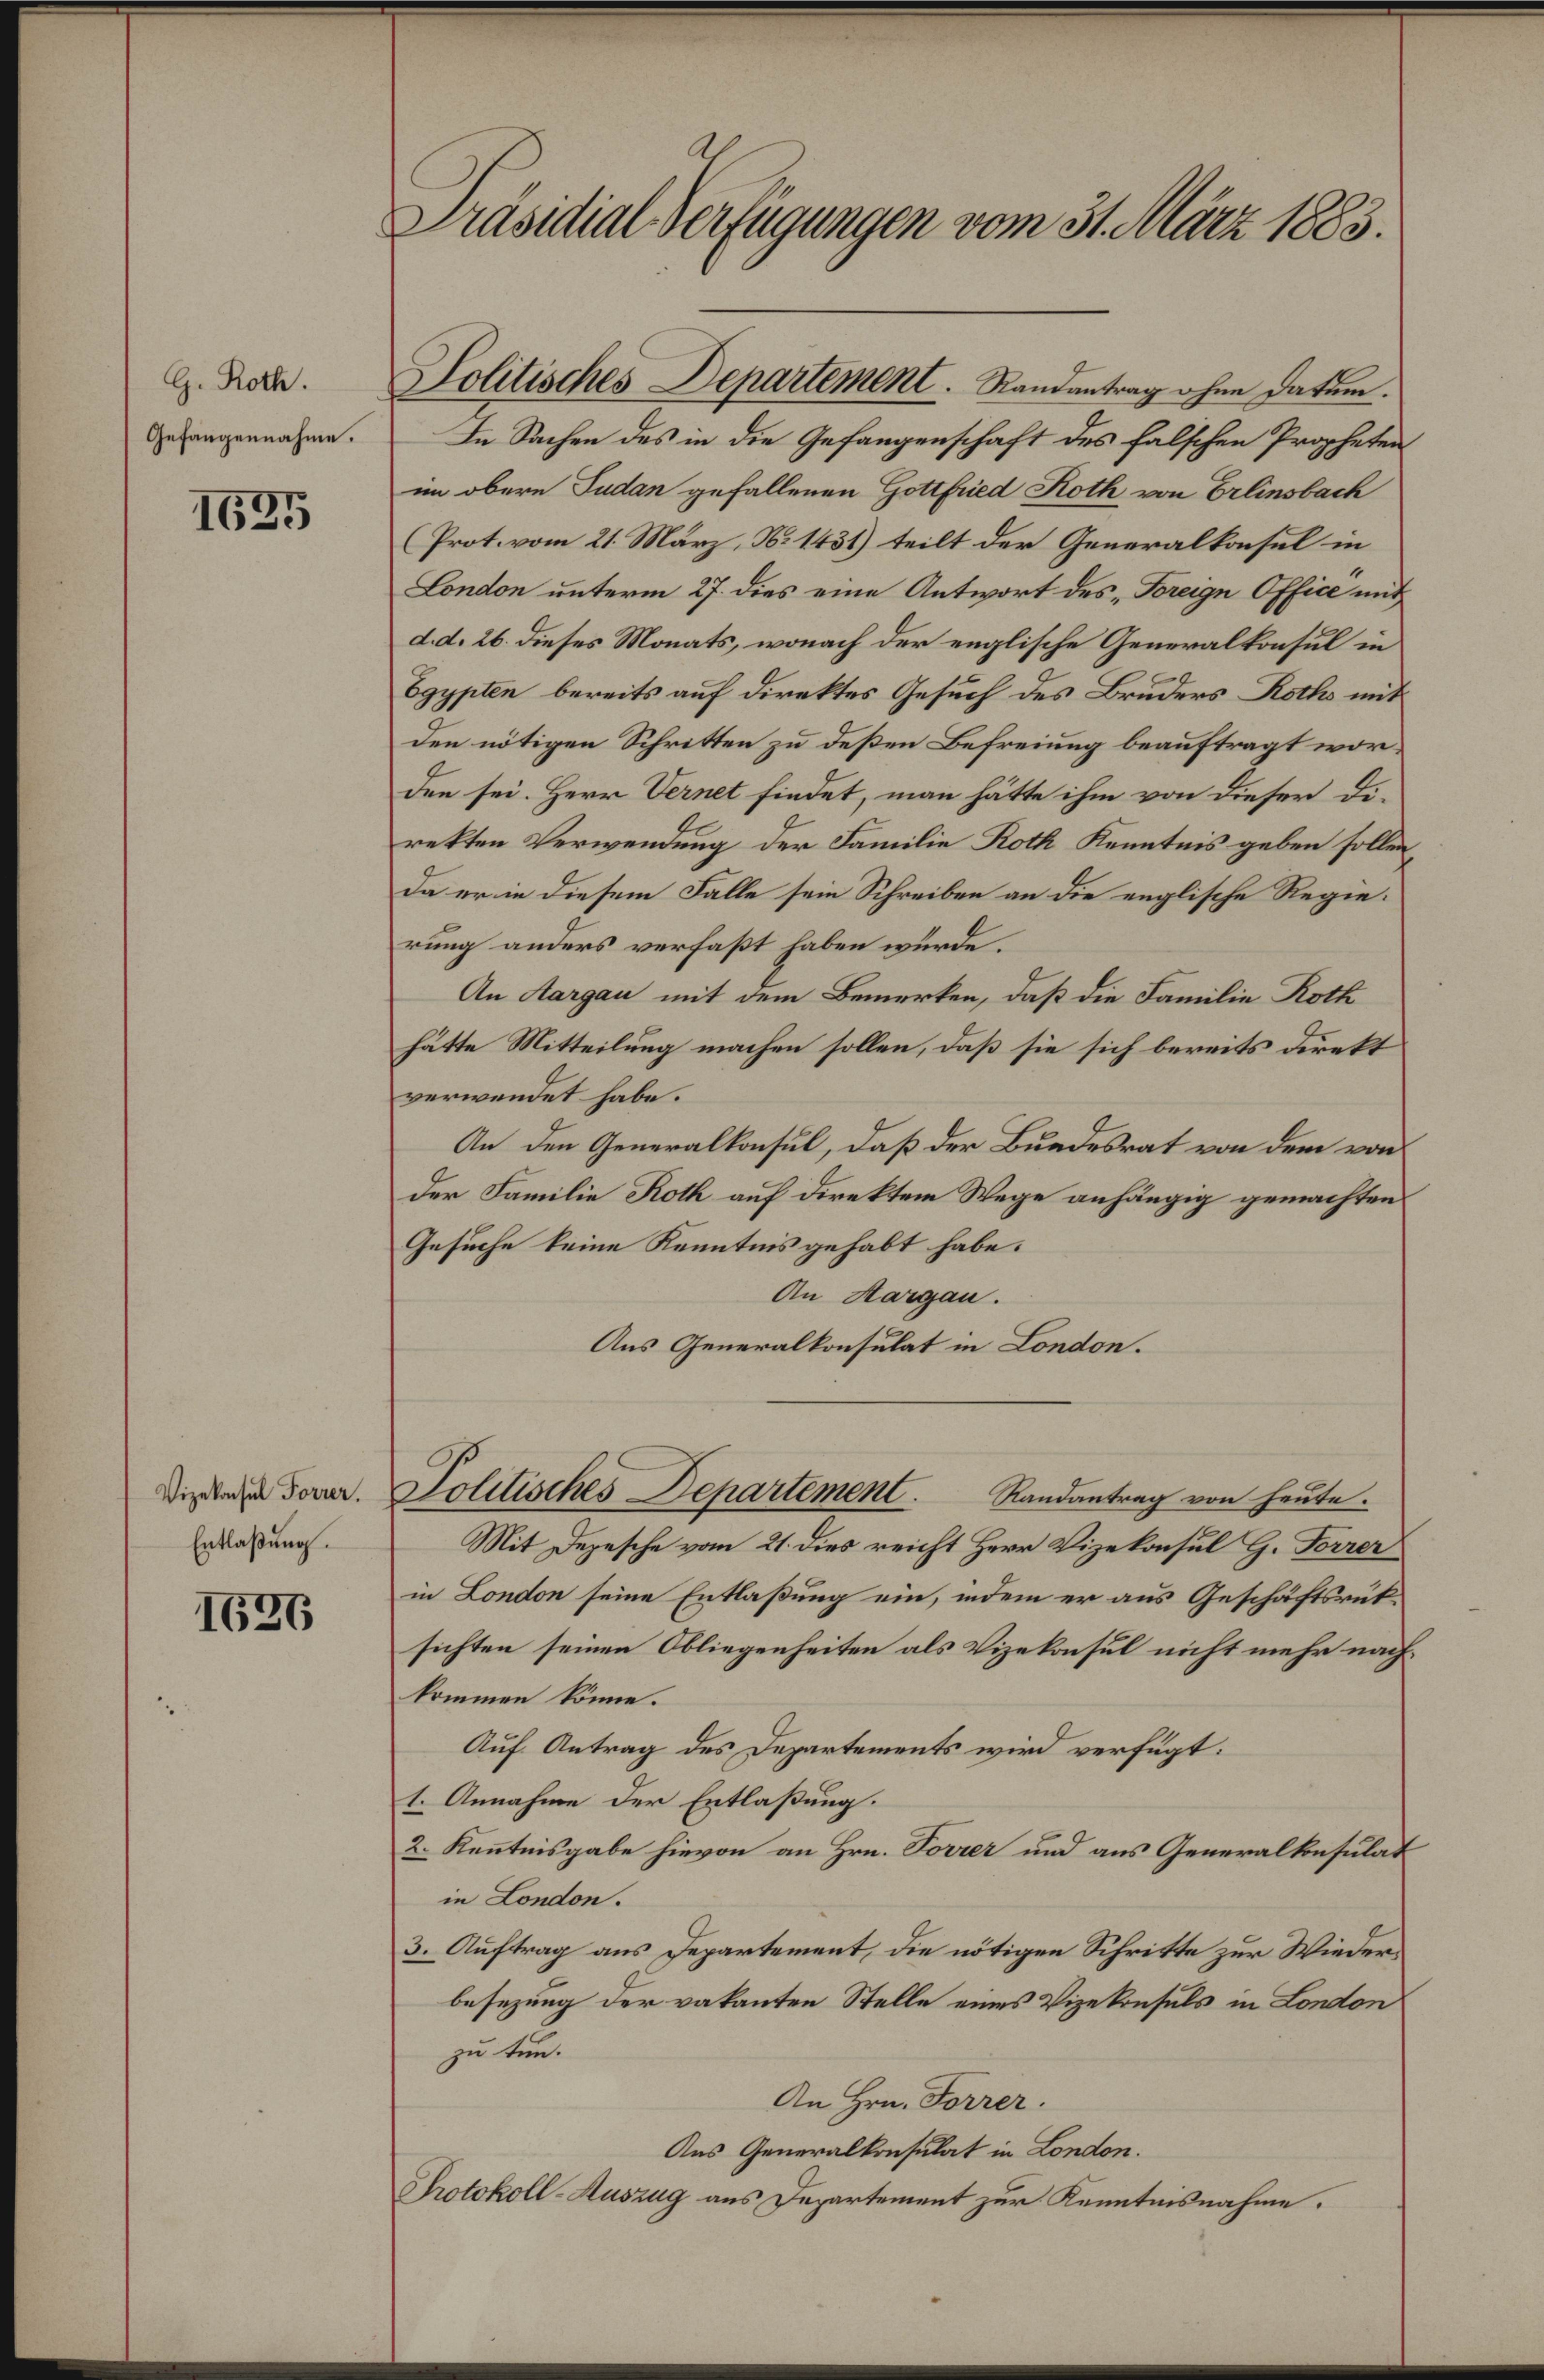
G. Roth.
Gefangennahme.

1635

Vizekonsul Forrer.
Entlaßung.

1636

Präsidial-Verfügungen vom 31. März 1883.

Politisches Departement. Randantrag ohne Datum.

In Sachen des in die Gefangenschaft des falschen Propheten
im obere Pudan gefallenen Gottfried Roth von Erlinsbach
(Prot. vom 21. März, N. 1431) teilt der Generalkonsul in
London unterm 27. dies eine Antwort des „Freign Office und
d. d. 26. dieses Monats, wonach der englische Generalkonsul in
Egypten bereits auf direktes Gesuch des Bruders Roths mit
den nötigen Schritten zu deßen Befreiung beauftragt worden sei. Herr Vernet findet, man hätte ihm von dieser Direkten Verwendung der Familie Roth Kenntnis geben sollen.
Da er in diesem Falle sein Schreiben an die englische Regierung anders verfaßt haben würde.
An Aargau mit dem Bemerken, daß die Familie Roth
hätte Mitteilung machen sollen, daß sie sich bereits direkt
verwendet habe.
An den Generalkonsul, daß der Bundesrat von dem von
der Familie Roth auf direktem Wege anhängig gemachten
Gesuche keine Kenntnis gehabt habe.
An Margau.
Aus Generalkonsulat in London.

Solitisches Departement. Randantrag von heute.

Mit Depesche vom 21. dies reicht Herr Vizekonsul H. Forrer
in London seine Entlaßung ein, indem er aus Geschäftsrüksichten seinen Obliegenheiten als Vizekonsul nicht mehr nachkommen könne.
Auf Antrag des Departements wird verfügt:
1. Annahme der Entlaßung.
2. Kenntnisgabe hievon an Hrn. Forrer und aus Generalkonsulat
in London.
3. Auftrag aus Departement, die nötigen Schritte zur Wiederbesezung der vakanten Stelle eines Vizekonsuls in London
zu tun.
An Hrn. Forrer.
Aus Generalkonsulat in London.
Protokoll-Auszug aus Departement zur Kenntnisnahme.